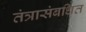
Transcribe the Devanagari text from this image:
तंत्रासंबधित